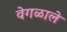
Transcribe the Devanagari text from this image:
वेगळाले